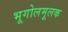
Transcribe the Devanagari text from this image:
भूगोलमूलक